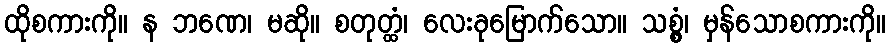
ထိုစကားကို။ န ဘဏေ၊ မဆို။ စတုတ္ထံ၊ လေးခုမြောက်သော။ သစ္စွံ၊ မှန်သောစကားကို။